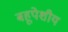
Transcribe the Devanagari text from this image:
बहूपेशीय